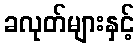
ခလုတ်များနှင့်